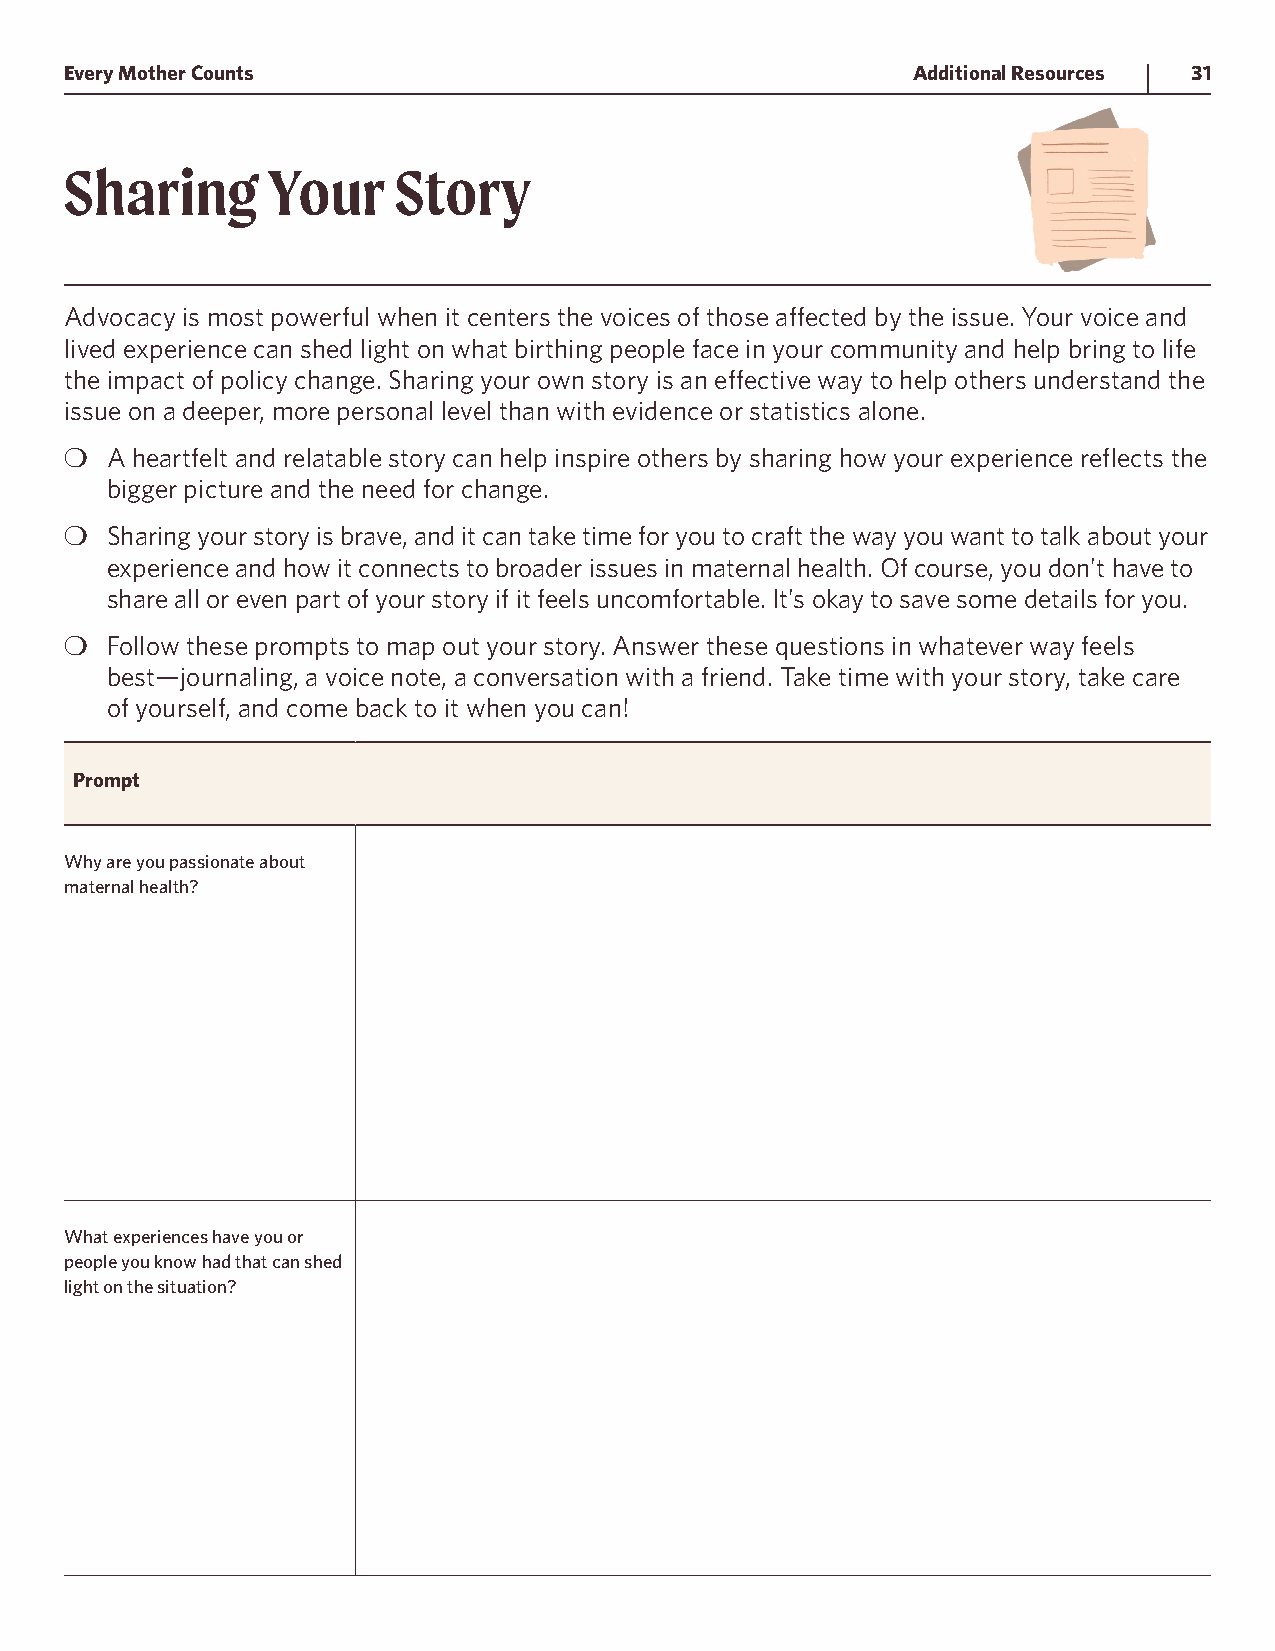
Every Mother Counts                                     Additional Resources 31
 Sharing       Your    Story
 Advocacy is most powerful when it centers the voices of those affected by the issue. Your voice and
 lived experience can shed light on what birthing people face in your community and help bring to life
 the impact of policy change. Sharing your own story is an effective way to help others understand the
 issue on a deeper, more personal level than with evidence or statistics alone.
 ❍  A heartfelt and relatable story can help inspire others by sharing how your experience reflects the
 bigger picture and the need for change.
 ❍  Sharing your story is brave, and it can take time for you to craft the way you want to talk about your
 experience and how it connects to broader issues in maternal health. Of course, you don’t have to
 share all or even part of your story if it feels uncomfortable. It’s okay to save some details for you.
 ❍  Follow these prompts to map out your story. Answer these questions in whatever way feels
 best—journaling, a voice note, a conversation with a friend. Take time with your story, take care
 of yourself, and come back to it when you can!
 Prompt
 Why are you passionate about
 maternal health?
 What experiences have you or
 people you know had that can shed
 light on the situation?